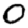
Digit: 0